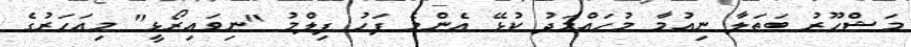
މަޝްހޫރު ބަތަލާ ނިއުމާ މުހައްމަދު ކުޅޭ އެންމެ ފަހު ފިލްމު "ނިވައިރޯޅީ" މިއަހަރުގެ